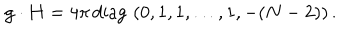
LaTeX: { \bf g } \cdot { \bf H } = { 4 \pi } \, \mathrm { d i a g } \, \, ( 0 , 1 , 1 , \dots , 1 , - ( N - 2 ) ) \, .